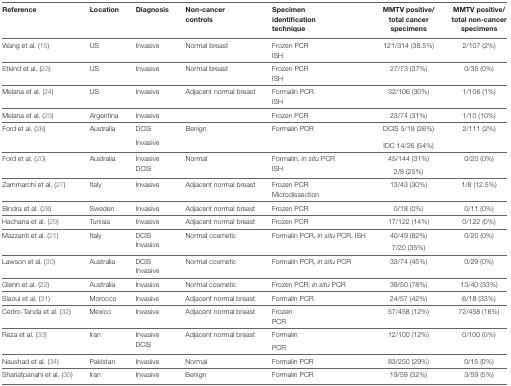
<table><thead><tr><td><b>Reference</b></td><td><b>Location</b></td><td><b>Diagnosis</b></td><td><b>Non-cancer controls</b></td><td><b>Specimen identification technique</b></td><td><b>MMTV positive/total cancer specimens</b></td><td><b>MMTV positive/total non-cancer specimens</b></td></tr></thead><tbody><tr><td rowspan="2">Wang et al. (15)</td><td rowspan="2">US</td><td rowspan="2">Invasive</td><td rowspan="2">Normal breast</td><td>Frozen PCR</td><td rowspan="2">121/314 (38.5%)</td><td rowspan="2">2/107 (2%)</td></tr><tr><td>ISH</td></tr><tr><td rowspan="2">Etkind et al. (23)</td><td rowspan="2">US</td><td rowspan="2">Invasive</td><td rowspan="2">Normal breast</td><td>Frozen PCR</td><td rowspan="2">27/73 (37%)</td><td rowspan="2">0/35 (0%)</td></tr><tr><td>ISH</td></tr><tr><td rowspan="2">Melana et al. (24)</td><td rowspan="2">US</td><td rowspan="2">Invasive</td><td rowspan="2">Adjacent normal breast</td><td>Formalin PCR</td><td rowspan="2">32/106 (30%)</td><td rowspan="2">1/106 (1%)</td></tr><tr><td>ISH</td></tr><tr><td>Melana et al. (25)</td><td>Argentina</td><td>Invasive</td><td></td><td>Frozen PCR</td><td>23/74 (31%)</td><td>1/10 (10%)</td></tr><tr><td rowspan="2">Ford et al. (26)</td><td rowspan="2">Australia</td><td>DCIS</td><td rowspan="2">Benign</td><td rowspan="2">Formalin PCR</td><td>DCIS 5/19 (26%)</td><td rowspan="2">2/111 (2%)</td></tr><tr><td>Invasive</td><td>IDC 14/26 (54%)</td></tr><tr><td rowspan="2">Ford et al. (20)</td><td rowspan="2">Australia</td><td>Invasive</td><td rowspan="2">Normal</td><td>Formalin. <i>in situ</i> PCR</td><td>45/144 (31%)</td><td rowspan="2">0/20 (0%)</td></tr><tr><td>DCIS</td><td>ISH</td><td>2/8 (25%)</td></tr><tr><td rowspan="2">Zammarchi et al. (27)</td><td rowspan="2">Italy</td><td rowspan="2">Invasive</td><td rowspan="2">Adjacent normal breast</td><td>Frozen PCR</td><td rowspan="2">13/43 (30%)</td><td rowspan="2">1/8 (12.5%)</td></tr><tr><td>Microdissection</td></tr><tr><td>Bindra et al. (28)</td><td>Sweden</td><td>Invasive</td><td>Adjacent normal breast</td><td>Frozen PCR</td><td>0/18 (0%)</td><td>0/11 (0%)</td></tr><tr><td>Hachana et al. (29)</td><td>Tunisia</td><td>Invasive</td><td>Adjacent normal breast</td><td>Frozen PCR</td><td>17/122 (14%)</td><td>0/122 (0%)</td></tr><tr><td rowspan="2">Mazzanti et al. (21)</td><td rowspan="2">Italy</td><td>DCIS</td><td rowspan="2">Normal cosmetic</td><td rowspan="2">Formalin PCR, <i>in situ</i> PCR, ISH</td><td>40/49 (82%)</td><td rowspan="2">0/20 (0%)</td></tr><tr><td>Invasive</td><td>7/20 (35%)</td></tr><tr><td rowspan="2">Lawson et al. (30)</td><td rowspan="2">Australia</td><td>DCIS</td><td rowspan="2">Normal cosmetic</td><td rowspan="2">Formalin PCR, <i>in situ</i> PCR</td><td rowspan="2">33/74 (45%)</td><td rowspan="2">0/29 (0%)</td></tr><tr><td>Invasive</td></tr><tr><td>Glenn et al. (22)</td><td>Australia</td><td>Invasive</td><td>Normal cosmetic</td><td>Frozen PCR: <i>in situ</i> PCR</td><td>39/50 (78%)</td><td>13/40 (33%)</td></tr><tr><td>Slaoui et al. (31)</td><td>Morocco</td><td>Invasive</td><td>Adjacent normal breast</td><td>Formalin PCR</td><td>24/57 (42%)</td><td>6/18 (33%)</td></tr><tr><td rowspan="2">Cedro-Tanda et al. (32)</td><td rowspan="2">Mexico</td><td rowspan="2">Invasive</td><td rowspan="2">Adjacent normal breast</td><td>Frozen</td><td rowspan="2">57/458 (12%)</td><td rowspan="2">72/458 (16%)</td></tr><tr><td>PCR</td></tr><tr><td rowspan="2">Reza et al. (33)</td><td rowspan="2">Iran</td><td>Invasive</td><td rowspan="2">Adjacent normal breast</td><td>Formalin</td><td rowspan="2">12/100 (12%)</td><td rowspan="2">0/100 (0%)</td></tr><tr><td>DCIS</td><td>PCR</td></tr><tr><td>Naushad et al. (34)</td><td>Pakistan</td><td>Invasive</td><td>Normal</td><td>Formalin PCR</td><td>83/250 (29%)</td><td>0/15 (0%)</td></tr><tr><td>Shariatpanahi et al. (35)</td><td>Iran</td><td>Invasive</td><td>Benign</td><td>Formalin PCR</td><td>19/59 (32%)</td><td>3/59 (5%)</td></tr></tbody></table>